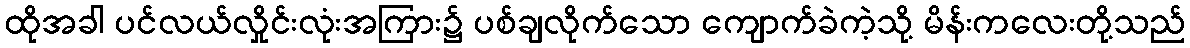
ထိုအခါ ပင်လယ်လှိုင်းလုံးအကြား၌ ပစ်ချလိုက်သော ကျောက်ခဲကဲ့သို့ မိန်းကလေးတို့သည်